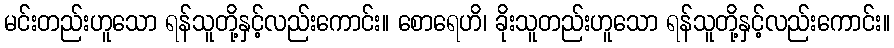
မင်းတည်းဟူသော ရန်သူတို့နှင့်လည်းကောင်း။ စောရေဟိ၊ ခိုးသူတည်းဟူသော ရန်သူတို့နှင့်လည်းကောင်း။